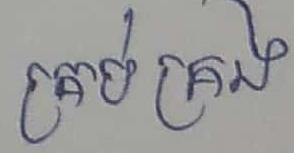
គ្រប់គ្រង